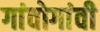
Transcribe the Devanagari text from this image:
गांवोगांवी